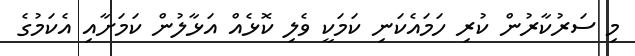
މި ސަރުކާރުން ކުރި ހަމައެކަނި ކަމަކީ ވެލި ކޮޅެއް އަޅާލުން ކަމަށާއި އެކަމުގެ